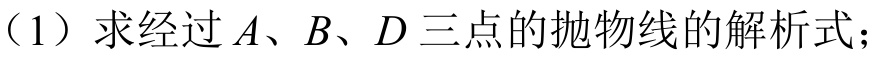
（1）求经过\(A\)、\(B\)、\(D\)三点的抛物线的解析式；